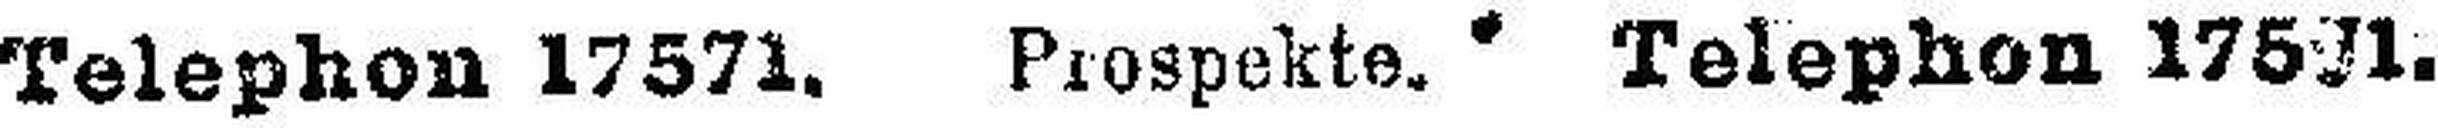
Telephon 17571. Prospekte. Telephon 175###1.